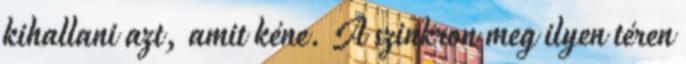
kihallani azt, amit kéne. A szinkron meg ilyen téren